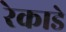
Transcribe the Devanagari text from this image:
रेकाडे